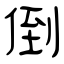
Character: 倒